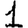
Digit: 1